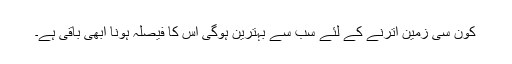
کون سی زمین اترنے کے لئے سب سے بہترین ہوگی اس کا فیصلہ ہونا ابھی باقی ہے۔